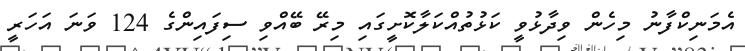
އެމަނިކްފާނު މިހެން ވިދާޅުވީ ކަޅުތުއްކަލާކޮށީގައި މިރޭ ބޭއްވި ސިފައިންގެ 124 ވަނަ އަހަރީ